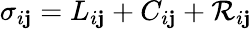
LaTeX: \sigma_{i\mathbf{j}}=L_{i\mathbf{j}}+C_{i\mathbf{j}}+\mathcal{R}_{i\mathbf{j}}